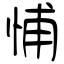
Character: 悑